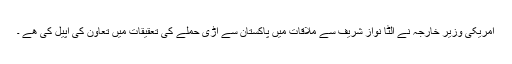
امریکی وزیر خارجہ نے الٹا نواز شریف سے ملاقات میں پاکستان سے اڑی حملے کی تعقیقات میں تعاون کی اپیل کی ھے ۔